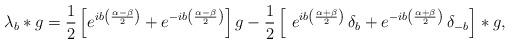
\begin{align*}\lambda_b\ast g=\frac{1}{2}\left[e^{ib\left(\frac{\alpha-\beta}{2}\right)} +e^{-ib\left(\frac{\alpha-\beta}{2}\right)}\right]g- \frac{1}{2}\left[\ e^{ib\left(\frac{\alpha+\beta}{2}\right)}\,\delta_{ b}+e^{-ib\left(\frac{\alpha+\beta}{2}\right)}\,\delta_{- b}\right]\ast g,\end{align*}